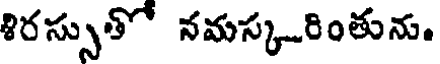
శిరస్సుతో నమస్కరింతును.